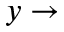
y \rightarrow